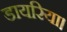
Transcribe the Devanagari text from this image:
डायरिया।